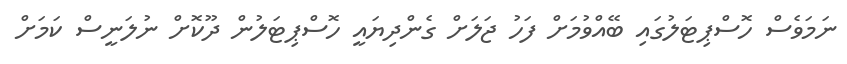
ނަމަވެސް ހޮސްޕިޓަލުގައި ބޭއްވުމަށް ފަހު ޖަލަށް ގެންދިޔައީ ހޮސްޕިޓަލުން ދޫކޮށް ނުލަނީސް ކަމަށް